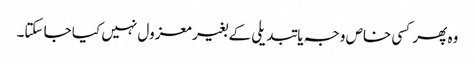
وہ پھر کسی خاص وجہ یا تبدیلی کے بغیر معزول نہیں کیا جا سکتا۔